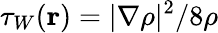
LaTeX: \tau_{W}(\mathbf{r})=|\nabla\rho|^{2}/8\rho